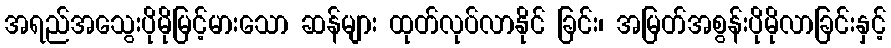
အရည်အသွေးပိုမိုမြင့်မားသော ဆန်များ ထုတ်လုပ်လာနိုင် ခြင်း၊ အမြတ်အစွန်းပိုမိုလာခြင်းနှင့်